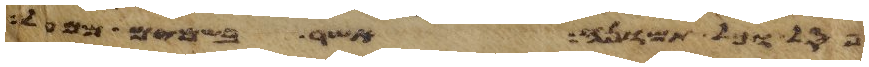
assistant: פסל וכל תמונה אשר בשמים ממעל